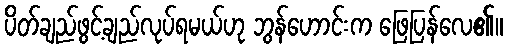
ပိတ်ချည်ဖွင့်ချည်လုပ်ရမယ်ဟု ဘွန်ဟောင်းက ဖြေပြန်လေ၏။